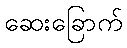
ဆေးခြောက်